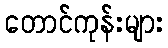
တောင်ကုန်းများ